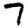
Digit: 7